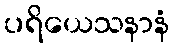
ပရိယေသနာနံ